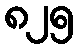
၈၂၅